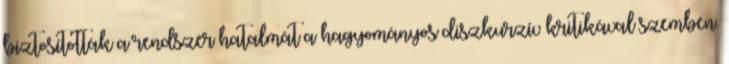
biztosították a rendszer hatalmát a hagyományos diszkurzív kritikával szemben.